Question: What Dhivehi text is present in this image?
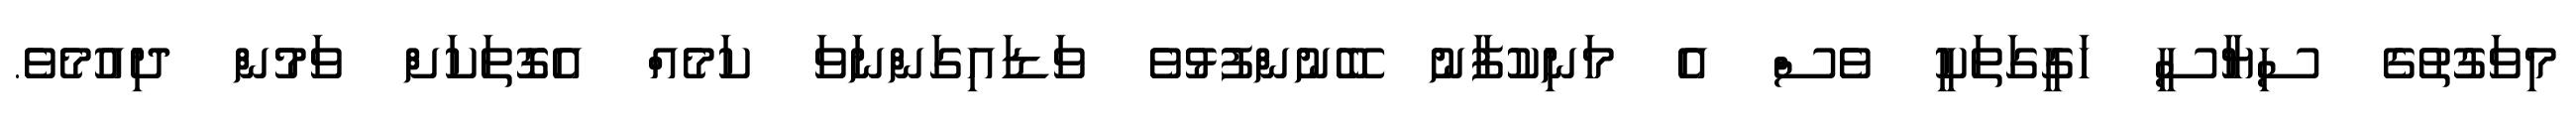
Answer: މިވަގުތުގެ ސިޔާސީ ހަގީގަތަކީ ވެސް އެ މަނިކުފާނު ބޭނުންފުޅުވެ ވަޑައިގަންނަވަ ކަމެއް އެގޮތަކަށް ވަމުން ދިއުމެވެ.